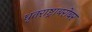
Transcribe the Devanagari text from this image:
धृतराष्ट्राबरोबर